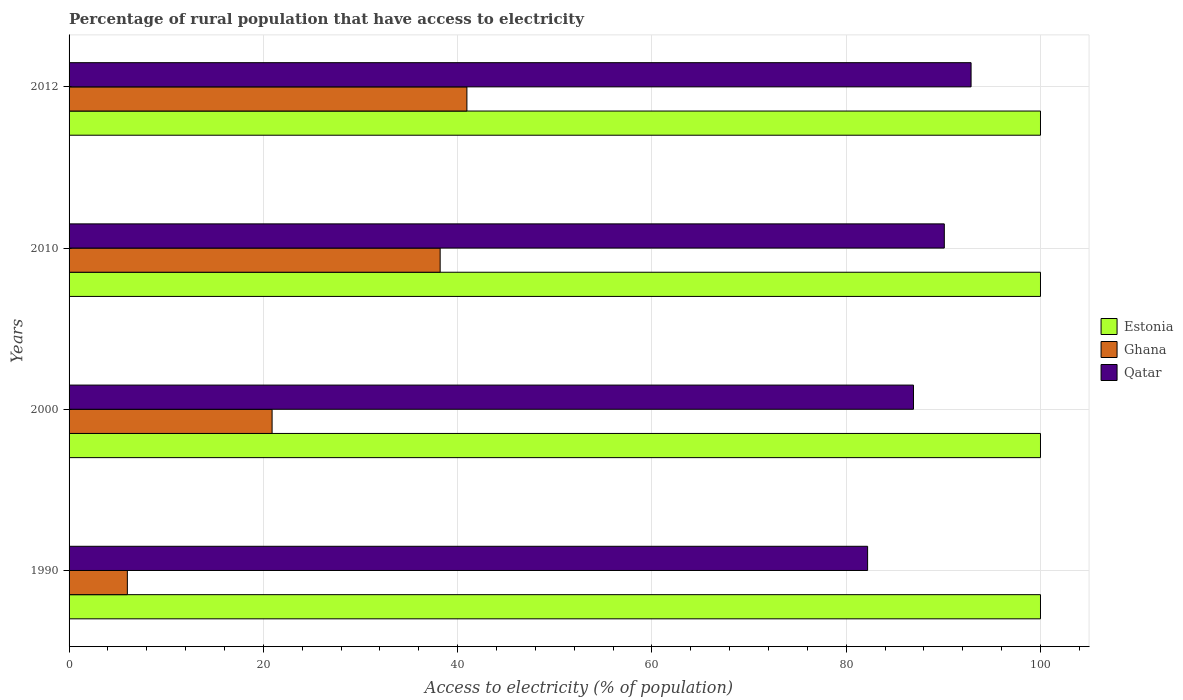
| Years | Estonia | Ghana | Qatar |
 | --- | --- | --- | --- |
 | 1990 | 100 | 6 | 82.2 |
 | 2000 | 100 | 20.9 | 86.9 |
 | 2010 | 100 | 38.2 | 90.1 |
 | 2012 | 100 | 41 | 92.9 |